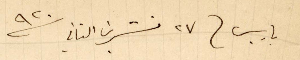
باريس في ٢٧ تشرين الثاني ١٩٢٠